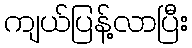
ကျယ်ပြန့်လာပြီး